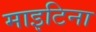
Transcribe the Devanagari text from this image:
माइटिना